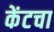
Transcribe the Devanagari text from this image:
केंटचा